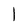
Character: 1